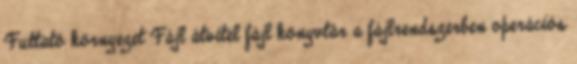
Futtató környezet Fájl átvitel fájl könyvtár a fájlrendszerben operációs